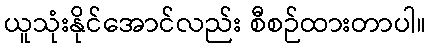
ယူသုံးနိုင်အောင်လည်း စီစဉ်ထားတာပါ။